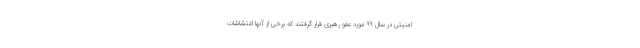
امنیتی در سال ۹۹ مورد عفو رهبری قرار گرفتند که برخی از آنها اغتشاشات